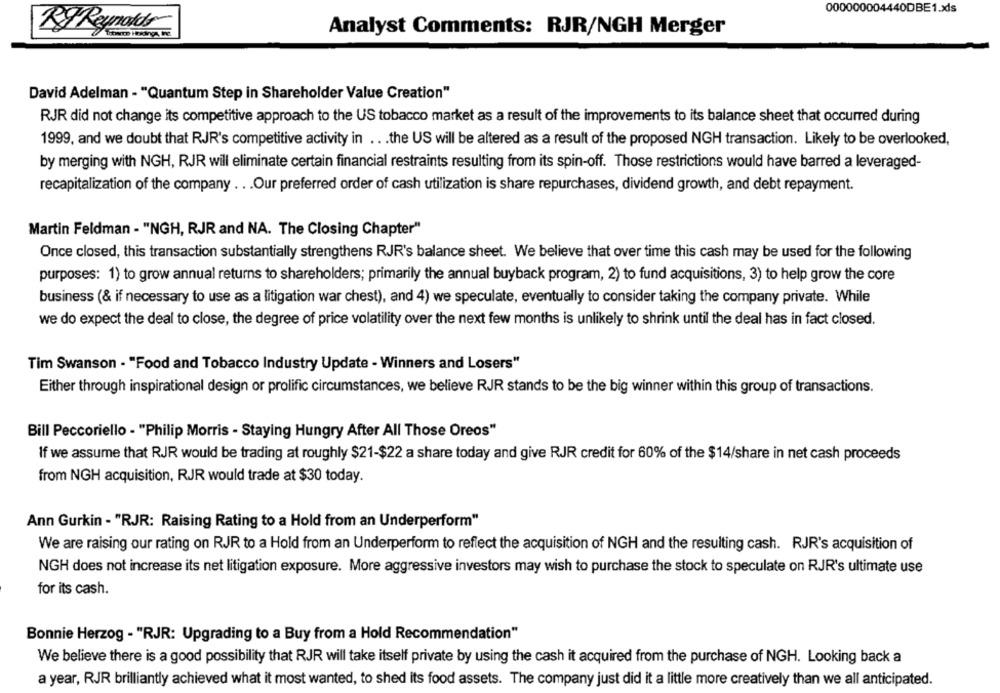
000000004440DBE1.xdls
Analyst Comments: RJR/NGH Merger
KyReynolds
David Adelman - "Quantum Step in Shareholder Value Creation"
RJR did not change its competitive approach to the US tobacco market as a result of the improvements to its balance sheet that occurred during
1999, and we doubt that RJR's competitive activity in .. . the US will be altered as a result of the proposed NGH transaction. Likely to be overlooked,
by merging with NGH, RJR will eliminate certain financial restraints resulting from its spin-off. Those restrictions would have barred a leveraged-
recapitalization of the company . . . Our preferred order of cash utilization is share repurchases, dividend growth, and debt repayment.
Martin Feldman - "NGH, RJR and NA. The Closing Chapter"
Once closed, this transaction substantially strengthens RJR's balance sheet. We believe that over time this cash may be used for the following
purposes: 1) to grow annual returns to shareholders; primarily the annual buyback program, 2) to fund acquisitions, 3) to help grow the core
business (& if necessary to use as a litigation war chest), and 4) we speculate, eventually to consider taking the company private. While
we do expect the deal to close, the degree of price volatility over the next few months is unlikely to shrink until the deal has in fact closed.
Tim Swanson - "Food and Tobacco Industry Update - Winners and Losers"
Either through inspirational design or prolific circumstances, we believe RJR stands to be the big winner within this group of transactions.
Bill Peccoriello - "Philip Morris - Staying Hungry After All Those Oreos"
If we assume that RJR would be trading at roughly $21-$22 a share today and give RJR credit for 60% of the $14/share in net cash proceeds
from NGH acquisition, RJR would trade at $30 today.
Ann Gurkin - "RJR: Raising Rating to a Hold from an Underperform"
We are raising our rating on RJR to a Hold from an Underperform to reflect the acquisition of NGH and the resulting cash. RJR's acquisition of
NGH does not increase its net litigation exposure. More aggressive investors may wish to purchase the stock to speculate on RJR's ultimate use
for its cash.
Bonnie Herzog - "RJR: Upgrading to a Buy from a Hold Recommendation"
We believe there is a good possibility that RJR will take itself private by using the cash it acquired from the purchase of NGH. Looking back a
a year, RJR brilliantly achieved what it most wanted, to shed its food assets. The company just did it a little more creatively than we all anticipated.